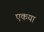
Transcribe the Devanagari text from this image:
एकया